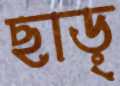
ছাড়্‌